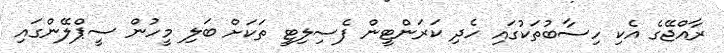
ރާއްޖޭގެ އެކި ހިސާބުތަކުގައި ހެދި ކަރަންޓީން ފެސިލިޓީ ތަކަށް ބަލި މީހުން ސީޕްލޭންގައި